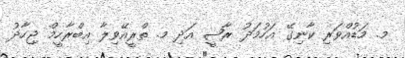
މ. މަޑުއްވަރި ކާނިގޭ އަހުމަދު ރާޟީ އަދި މ. ތްރީއޭވިލާ އިބްރާހީމް ޖިހާދު